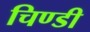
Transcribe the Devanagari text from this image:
चिण्डी